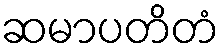
ဆမာပတိတံ